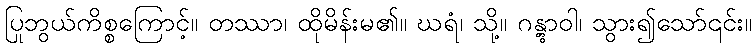
ပြုဘွယ်ကိစ္စကြောင့်။ တဿာ၊ ထိုမိန်းမ၏။ ဃရံ၊ သို့။ ဂန္တွာဝါ၊ သွား၍သော်၎င်း။